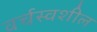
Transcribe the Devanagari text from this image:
वर्चस्वशील